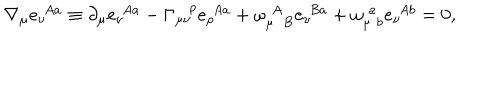
LaTeX: \nabla _ { \mu } e _ { \nu } ^ { \! ~ ~ A a } \equiv \partial _ { \mu } e _ { \nu } ^ { \! ~ ~ A a } - \Gamma _ { \mu \nu } ^ { \rho } e _ { \rho } ^ { \! ~ ~ A a } + \omega _ { \mu ~ ~ B } ^ { \! ~ ~ A } e _ { \nu } ^ { \! ~ ~ B a } + \omega _ { \mu \! ~ ~ b } ^ { \! ~ ~ a } e _ { \nu } ^ { \! ~ ~ A b } = 0 ,